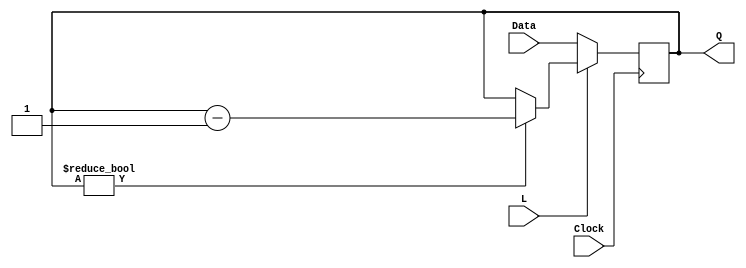
module counter (L, Clock, Data, Q);
input L, Clock;
input [2:0] Data;
output reg [2:0] Q;
wire E;
always @(posedge Clock)
if (!L)
Q <= Data;
else if (E)
Q <= Q - 3'b1;
assign E = (Q != 3'b0);
endmodule